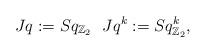
LaTeX: \begin{align*} Jq:=Sq_{\mathbb{Z}_2} \ \ Jq^k:=Sq^k_{\mathbb{Z}_2}, \end{align*}